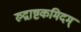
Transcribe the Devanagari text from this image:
रुद्राष्टकमिदम्